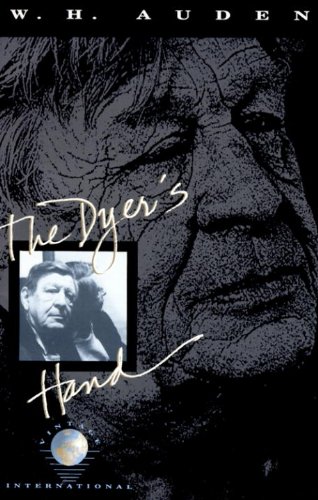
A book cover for The Dyer's Hand and Other Essays; W. H. Auden; Literature & Fiction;